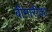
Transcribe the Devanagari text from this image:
बीमारीका